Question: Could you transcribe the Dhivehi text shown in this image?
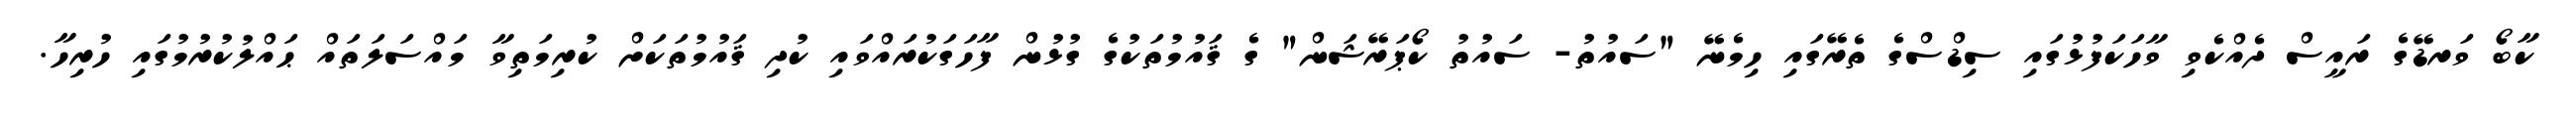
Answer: ކާބޯ ވަރޑޭގެ ރައީސް ދެއްކެވި ވާހަކަފުޅުގައި ސިޑްސްގެ ތެރޭގައި ހިމެނޭ "ސައުތު- ސައުތު ކޯޕަރޭޝަން" ގެ ޤައުމުތަކުގެ ގުޅުން ފާހަގަކުރައްވައި ކުދި ޤައުމުތަކަށް ކުރިމަތިވާ މައްސަލަތައް ޙައްލުކުރުމުގައި ހުރިހާ.